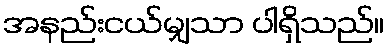
အနည်းငယ်မျှသာ ပါရှိသည်။